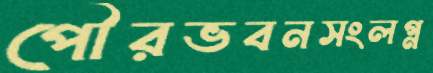
পৌরভবনসংলগ্ন